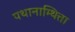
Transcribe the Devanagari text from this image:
पथानाम्थित्ता